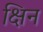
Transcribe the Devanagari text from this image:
क्षिन